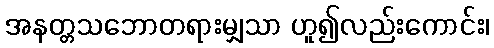
အနတ္တသဘောတရားမျှသာ ဟူ၍လည်းကောင်း၊